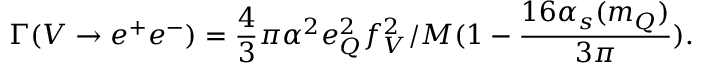
\Gamma ( V \rightarrow e ^ { + } e ^ { - } ) = \frac 4 3 \pi \alpha ^ { 2 } e _ { Q } ^ { 2 } f _ { V } ^ { 2 } / M ( 1 - \frac { 1 6 \alpha _ { s } ( m _ { Q } ) } { 3 \pi } ) .